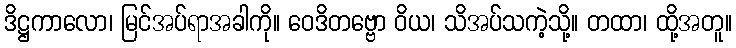
ဒိဋ္ဌကာလော၊ မြင်အပ်ရာအခါကို။ ဝေဒိတဗ္ဗော ဝိယ၊ သိအပ်သကဲ့သို့။ တထာ၊ ထို့အတူ။